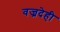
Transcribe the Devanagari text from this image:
वज्रदेही